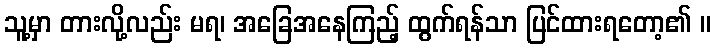
သူ့မှာ တားလို့လည်း မရ၊ အခြေအနေကြည့် ထွက်ရန်သာ ပြင်ထားရတော့၏ ။